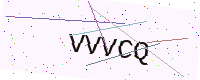
Text: VVVCQ